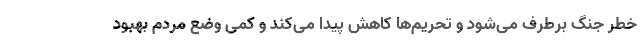
خطر جنگ برطرف می‌شود و تحریم‌ها کاهش پیدا می‌کند و کمی وضع مردم بهبود